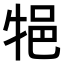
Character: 𤙝